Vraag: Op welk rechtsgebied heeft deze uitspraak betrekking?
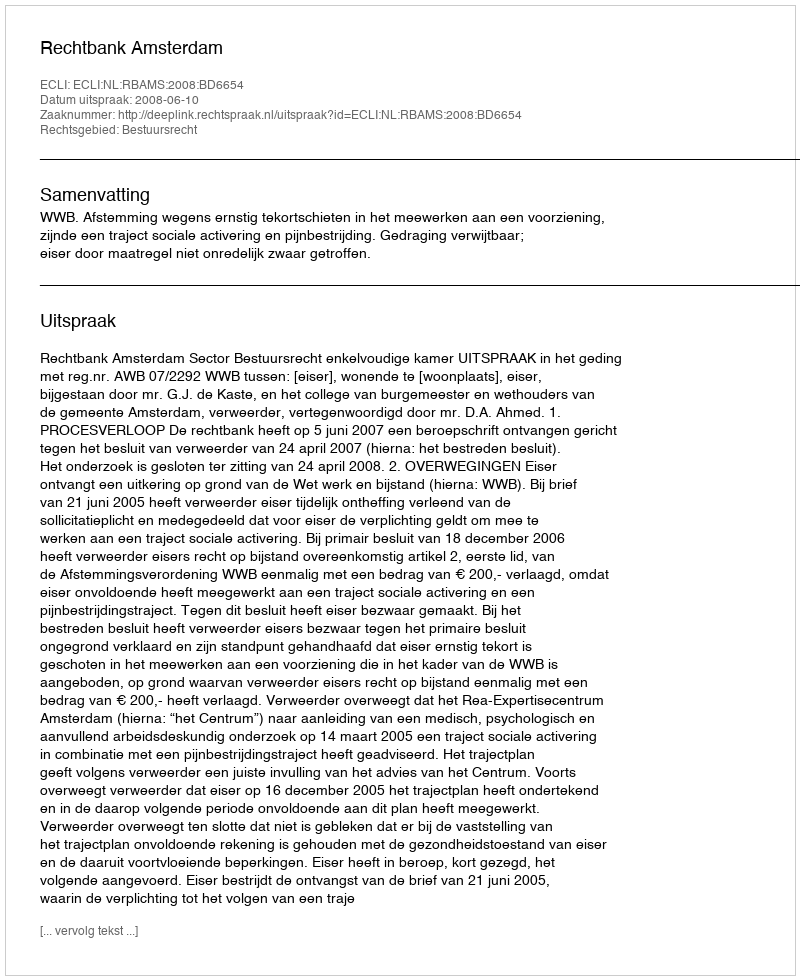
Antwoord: Bestuursrecht